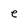
Character: e